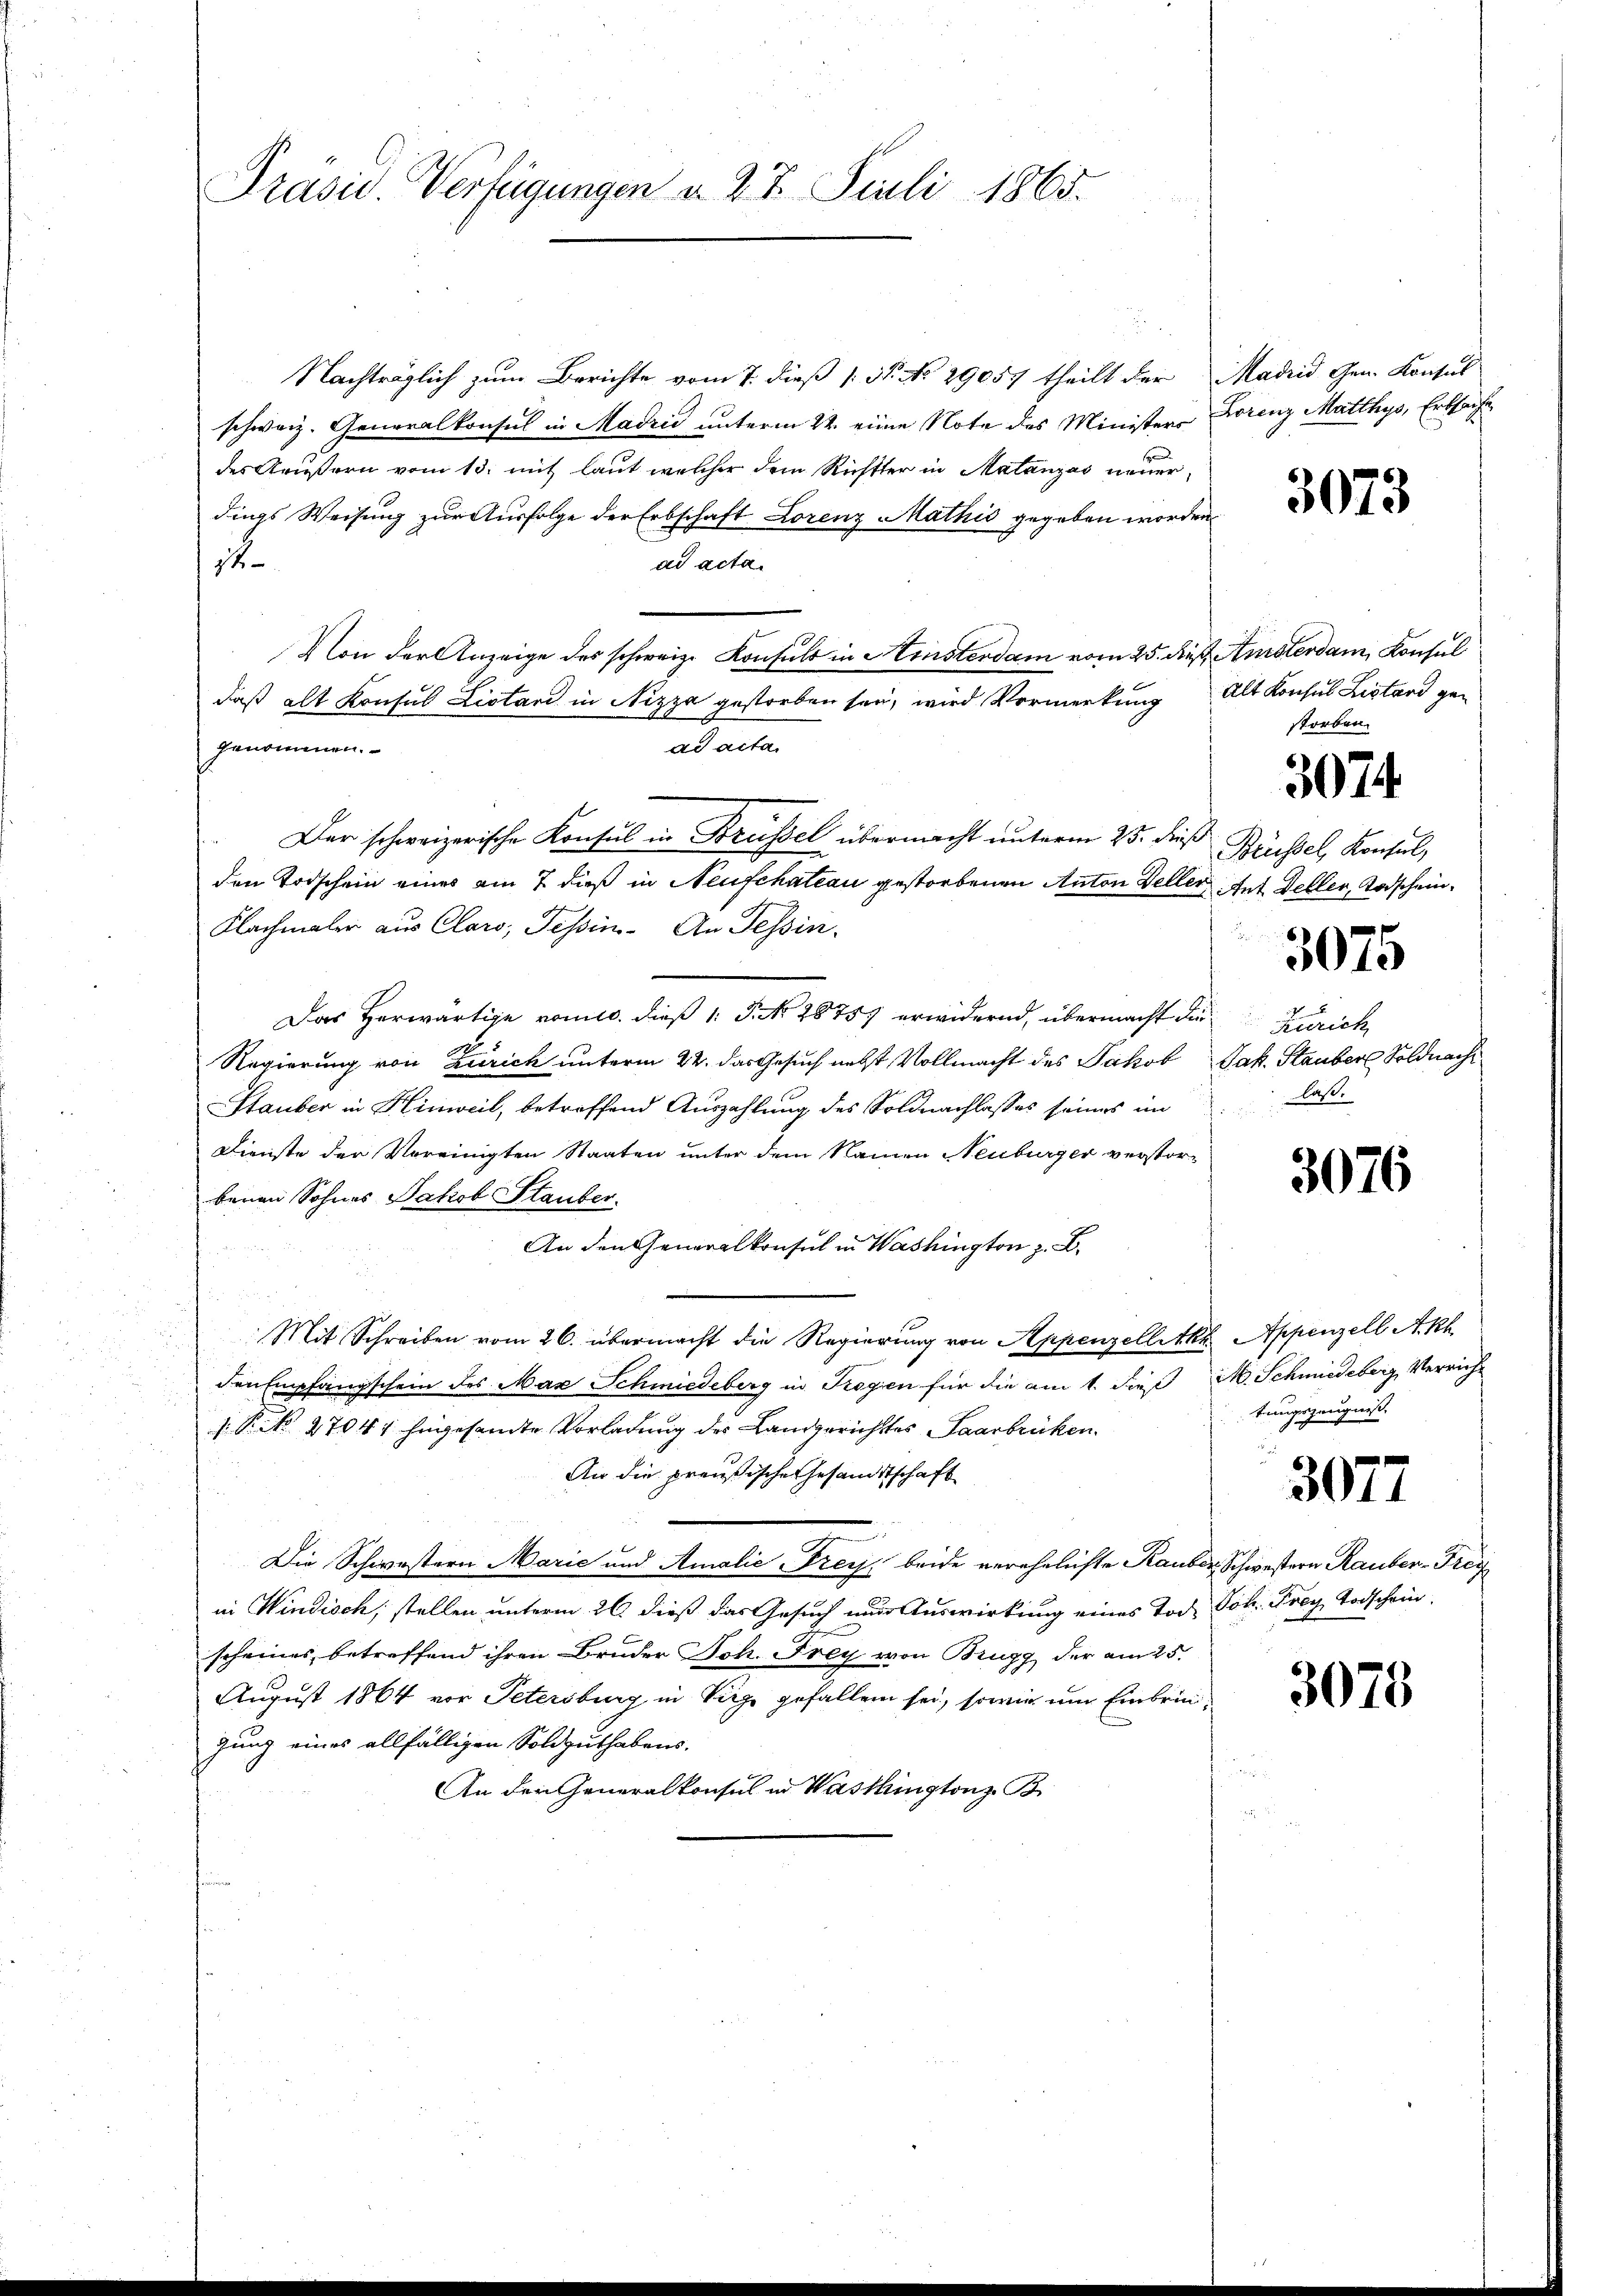
Präsid. Verfügungen d. 27. Juli 1865.

Nachträglich zum Berichte vom 7. dieß (: St. No 29057 theilt der Madrid Gen. Konsul
schweiz. Generalkonsul in Madzić unterm 22. eine Note des Ministers Lorenz Matthys, Erbsache
des Aeußern vom 13. mit laut welcher dem Richter in Matanzas neuerdings Weisung zur Ausfolge der Erbschaft Lorenz Mathis gegeben worden
ad acta.
1
Von der Anzeige des schweiz. Konsuls in Hinsterdam vom 25. dieß Amsterdam Konsul
daß alt Konsul Listand in Nizza gestorben sei, wird Vormerkung Alt Konsus Listand gegenommen.
ad acta.
den Todschein eines am 7. daß in Neufchateau gestorbenen Anton Deller tat Deller, Todschein¬
Klachmaler aus Claro, Tessin. An Tessin.
Das herwärtige nomie. dieß 1: P. Nr. 28757 erwidernd, übermacht die Zürich
Regierung von Zürich unterm 22. das Gesuch nebst Vollmacht des Jakob Jak. Stauber Soldnach
Stauber in Hinweil, betreffend Auszahlung des Soldnachlasses seines im
Dienste der Vereinigten Staaten unter dem Namen Neuburger verstorbenen Sohnes Jakob Stauber.
An den Generalkonsul in Washington z. B.
Mit Schreiben vom 26. übermacht die Regierung von Appenzellette Appenzell Akh
den Empfangschein des Max Schmiedeberg in Trogen für die am 1. die M. Schmiedeberg, Verricht
.P. No. 27041 hingesamte Vorladung des Landgerichtes Saarbrücken.
An die preußische Gesandtschaft
Die Schwestern Marie und Amalie Frey, beide verehelichte Rauber Schwestern Rauber-Frey
in Windisch, stellen unterm 26. dieß das Gesuch nur Auswirkung eines Tod. Joh. Frey Todschein
scheines, betreffend ihren Bruder Joh. Frey von Brugg der am 25.
August 1864 vor Petersburg in Vieh gefallen sei, sowie um Einbringung eines allfälligen Soldguthabens.
An den Generalkonsul in Washingtonz B.

Der schweizerische Konsul in Brüssel übermacht unterm 25. dieß Brüssel, Konsul,

3073

storben.

3074

3075

last.

3076

tungszeugniß.

3077

3075